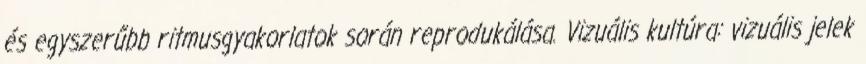
és egyszerűbb ritmusgyakorlatok során reprodukálása. Vizuális kultúra: vizuális jelek